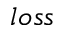
l o s s